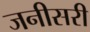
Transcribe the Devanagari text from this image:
जनीसरी